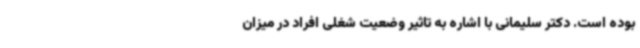
بوده است. دکتر سلیمانی با اشاره به تاثیر وضعیت شغلی افراد در میزان